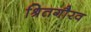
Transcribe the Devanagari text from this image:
श्रितगौरव